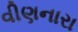
વીણનારા